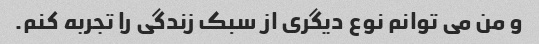
و من می توانم نوع دیگری از سبک زندگی را تجربه کنم.